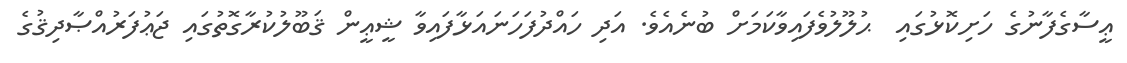
ޢީސާގެފާނުގެ ހަށިކޮޅުގައި  ޙުލޫލުވެފައިވާކަމަށް ބުނެއެވެ. އަދި ހައްދުފަހަނައަޅާފައިވާ ޝީޢީން ޤަބޫލުކުރާގޮތުގައި ޖަޢުފަރުއްޞާދިޤުގެ